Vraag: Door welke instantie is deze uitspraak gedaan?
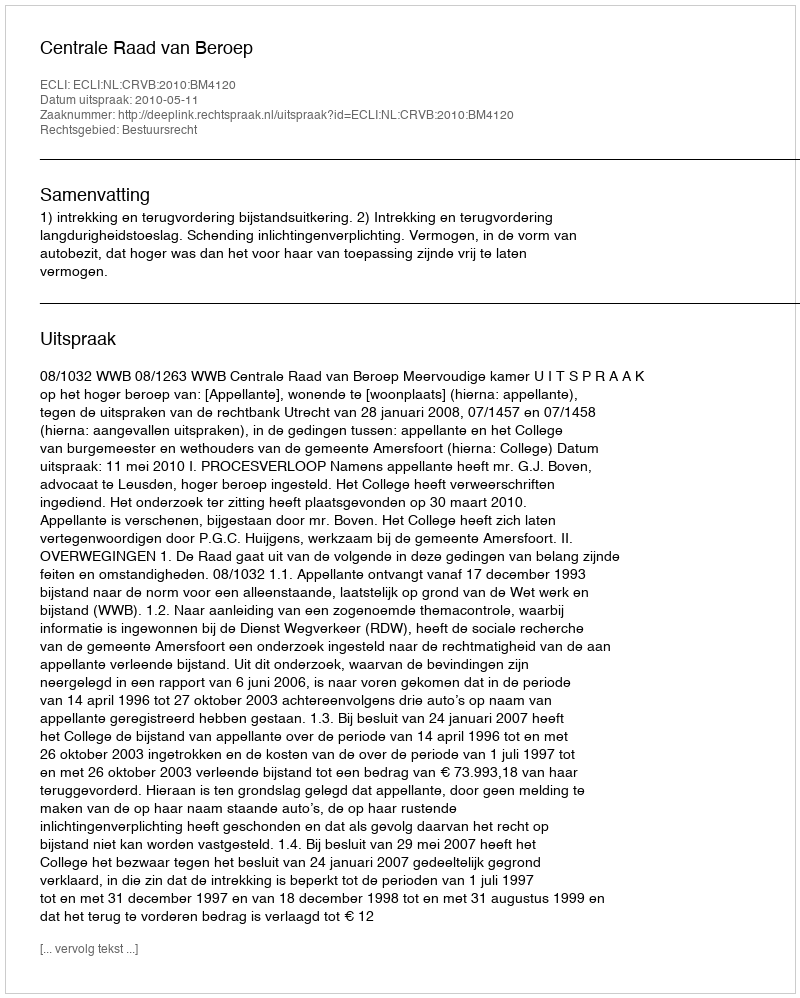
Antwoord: Centrale Raad van Beroep